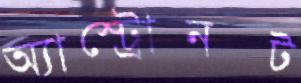
অ্যাস্ট্রোনট